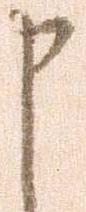
申